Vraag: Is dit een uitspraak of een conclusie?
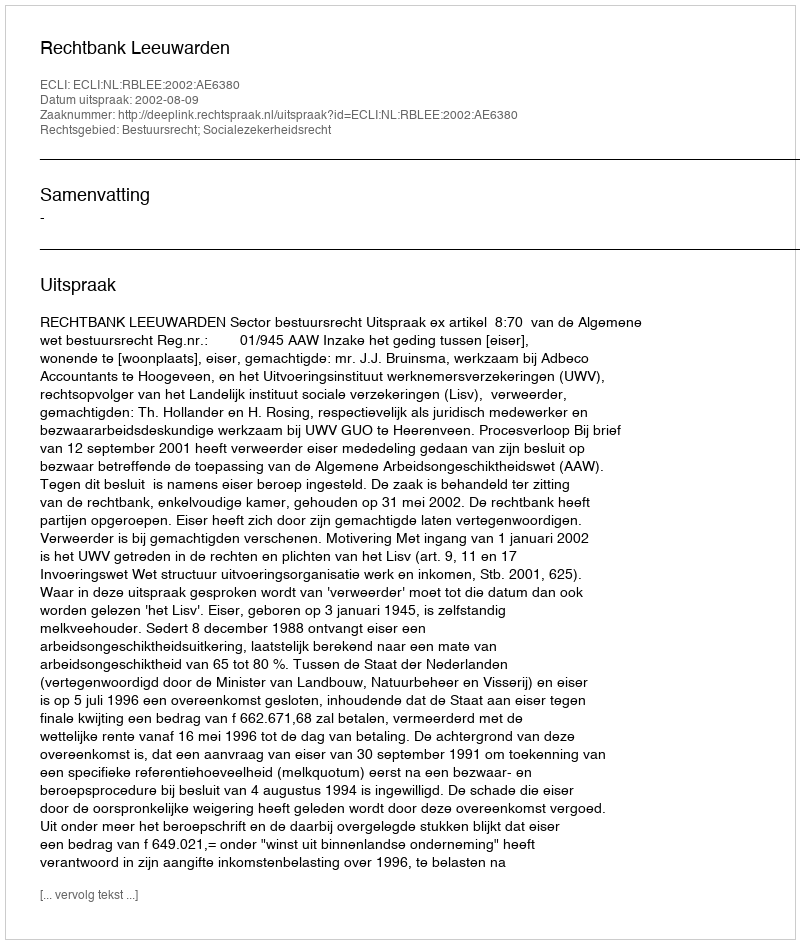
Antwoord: Uitspraak